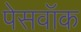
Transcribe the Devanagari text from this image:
पेसवॉक